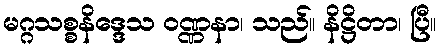
မဂ္ဂသစ္စနိဒ္ဒေသ ဝဏ္ဏနာ၊ သည်။ နိဋ္ဌိတာ၊ ပြီ။